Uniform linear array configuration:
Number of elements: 24
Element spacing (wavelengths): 0.5
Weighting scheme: exponential
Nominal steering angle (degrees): -45
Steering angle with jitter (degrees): -43.002
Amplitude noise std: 0.05
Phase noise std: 0.05

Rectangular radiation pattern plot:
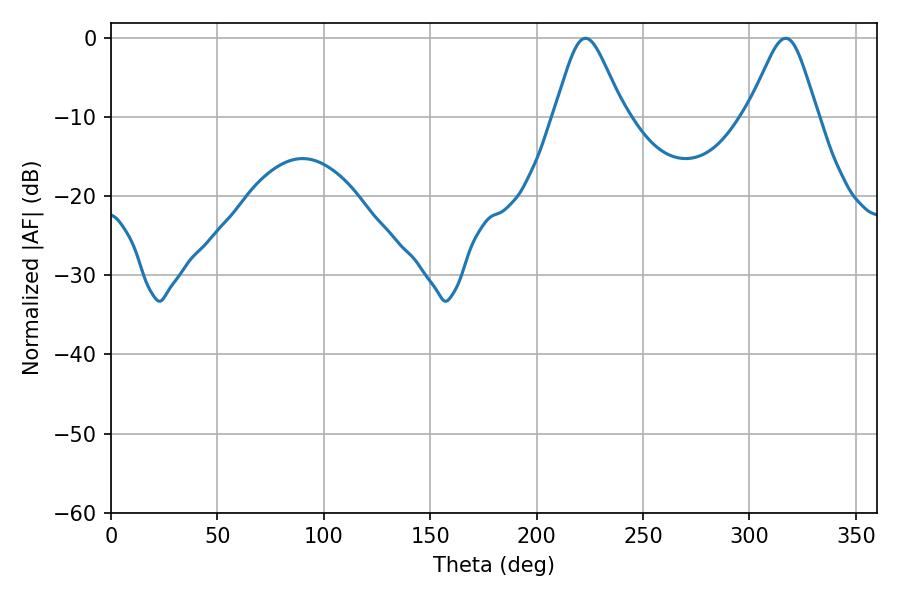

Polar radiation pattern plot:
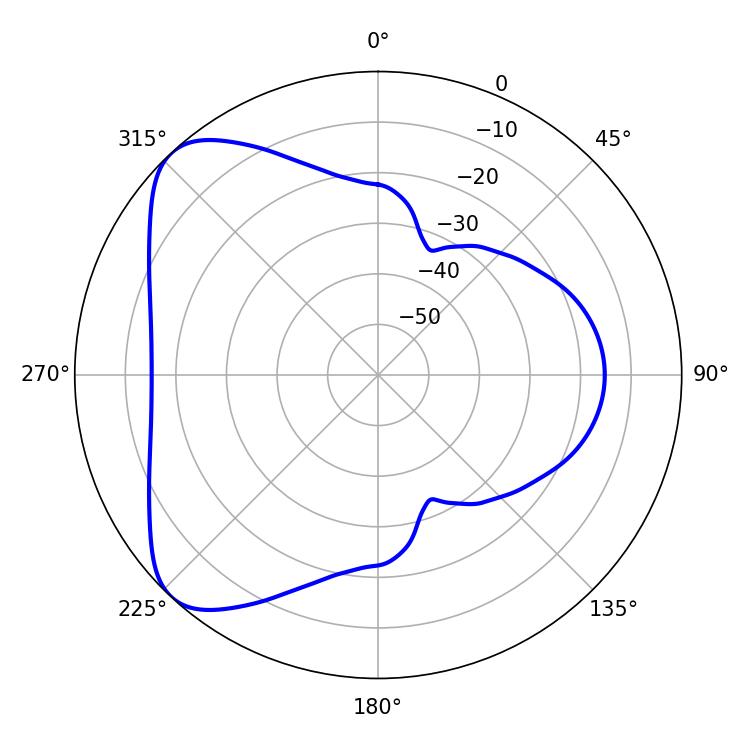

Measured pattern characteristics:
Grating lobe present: FALSE
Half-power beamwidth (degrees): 16.02
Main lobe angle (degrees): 223.02